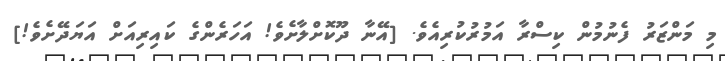
މި މަންޒަރު ފެނުމުން ކިސްރާ އަމުރުކުރިއެވެ. [އޭނާ ދޫކޮށްލާށެވެ! އަހަރެންގެ ކައިރިއަށް އަޔަދޭށެވެ!]